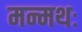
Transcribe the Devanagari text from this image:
मन्मथः